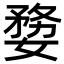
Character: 㜈